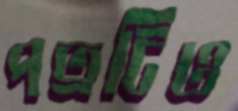
পত্রটিও